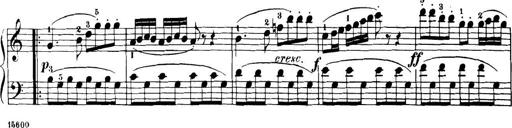
Title: 32 Sonatinas and Rondos for the Piano
Composer: Richard Kleinmichel